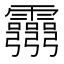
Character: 𩇃